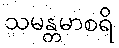
သမန္တမာစရိ